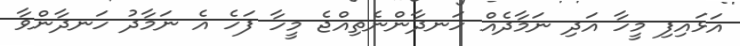
އަޅައިފި މީހާ އަދި ނަމާދެއް ހަނދާންނެތިއްޖެ މީހާ ފަހެ އެ ނަމާދު ހަނދާންވާ